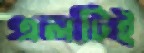
এলটিই